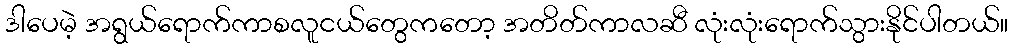
ဒါပေမဲ့ အရွယ်ရောက်ကာစလူငယ်တွေကတော့ အတိတ်ကာလဆီ လုံးလုံးရောက်သွားနိုင်ပါတယ်။